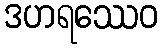
ဒဟရဿေဝ